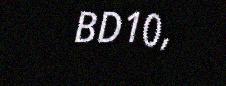
BD10,